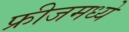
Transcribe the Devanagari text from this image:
फ्रीजमध्ये